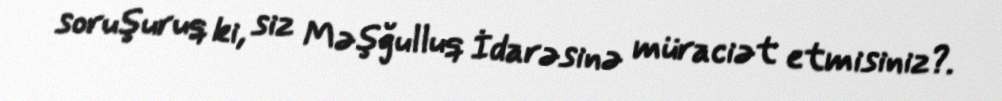
soruşuruq ki, siz Məşğulluq İdarəsinə müraciət etmisiniz?.